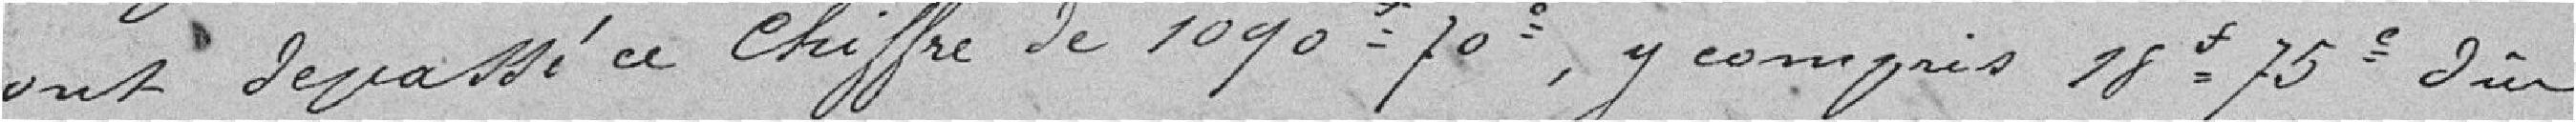
ont dépassé ce chiffre de 1090 f 70 c, y compris 18 f 75 c dûes